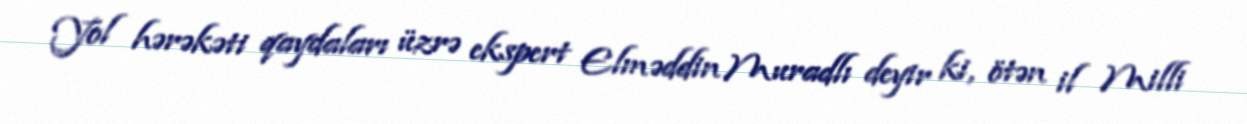
Yol hərəkəti qaydaları üzrə ekspert Elməddin Muradlı deyir ki, ötən il Milli